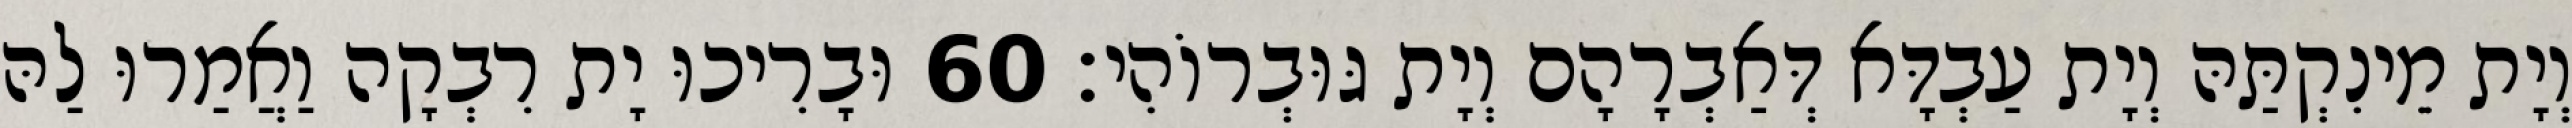
וְיָת מֵינִקְתַּהּ וְיָת עַבְדָּא דְּאַבְרָהָם וְיָת גּוּבְרוֹהִי׃ 60 וּבָרִיכוּ יָת רִבְקָה וַאֲמַרוּ לַהּ